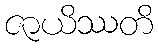
ဇာယိဿတိ